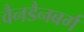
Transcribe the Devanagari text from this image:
वैनडैनबर्ग